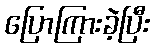
ပြောကြားခဲ့ပြီး